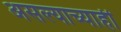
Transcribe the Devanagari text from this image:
असल्याच्याही